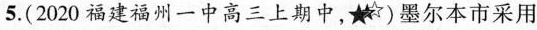
5.(2020福建福州一中高三上期中，)墨尔本市采用